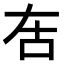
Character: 𠯛